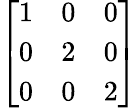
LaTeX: \left[\begin{array}{lll}{1}&{0}&{0}\\ {0}&{2}&{0}\\ {0}&{0}&{2}\end{array}\right]